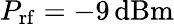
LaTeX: P_{\mathrm{rf}}=-9\, \mathrm{dBm}